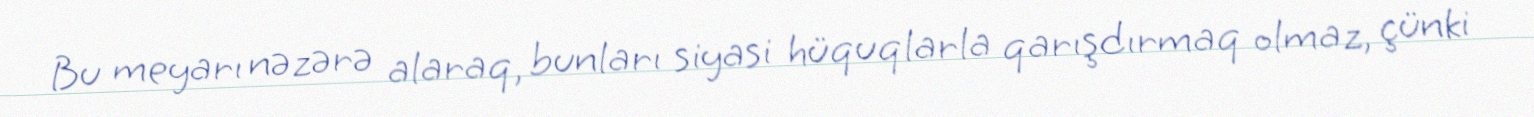
Bu meyarı nəzərə alaraq, bunları siyasi hüquqlarla qarışdırmaq olmaz, çünki